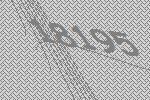
18195